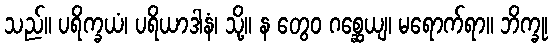
သည်။ ပရိက္ခယံ၊ ပရိယာဒါနံ၊ သို့။ န တွေဝ ဂစ္ဆေယျ၊ မရောက်ရာ။ ဘိက္ခု၊